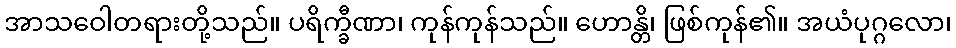
အာသဝေါတရားတို့သည်။ ပရိက္ခီဏာ၊ ကုန်ကုန်သည်။ ဟောန္တိ၊ ဖြစ်ကုန်၏။ အယံပုဂ္ဂလော၊